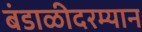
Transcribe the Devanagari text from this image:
बंडाळीदरम्यान